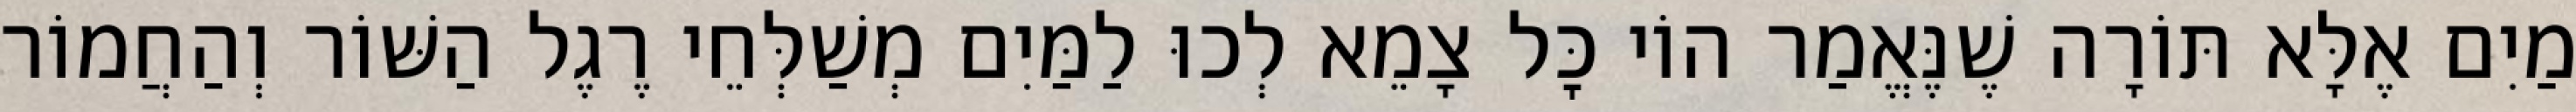
מַיִם אֶלָּא תּוֹרָה שֶׁנֶּאֱמַר הוֹי כׇּל צָמֵא לְכוּ לַמַּיִם מְשַׁלְּחֵי רֶגֶל הַשּׁוֹר וְהַחֲמוֹר